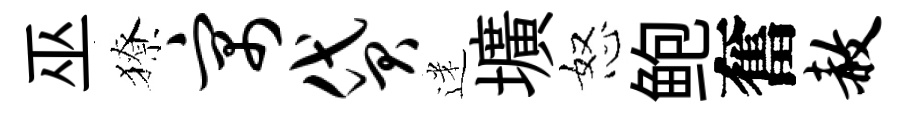
巫獠寓贷迷壙怒鲍奮赦